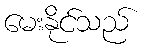
မေးနိုင်သည်